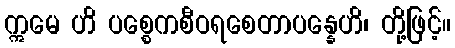
ဣမေ ဟိ ပစ္စေကစီဝရစေတာပန္နေဟိ၊ တို့ဖြင့်။